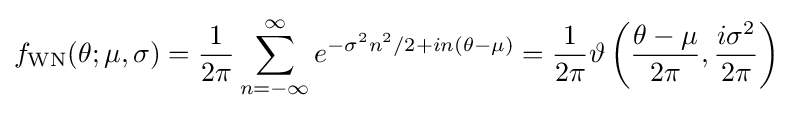
f_{\text{WN}}(\theta ;\mu ,\sigma )={\frac {1}{2\pi }}\sum _{n=-\infty }^{\infty }e^{-\sigma ^{2}n^{2}/2+in(\theta -\mu )}={\frac {1}{2\pi }}\vartheta \left({\frac {\theta -\mu }{2\pi }},{\frac {i\sigma ^{2}}{2\pi }}\right)